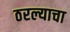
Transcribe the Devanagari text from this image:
ठरल्याचा